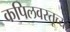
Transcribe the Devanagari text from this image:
कपिलवस्तूच्या